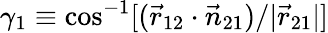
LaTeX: \gamma_{1}\equiv\cos^{-1}[(\vec{r}_{12}\cdot\vec{n}_{21})/|\vec{r}_{21}|]